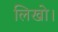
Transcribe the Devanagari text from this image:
लिखो।